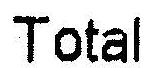
TOTAL